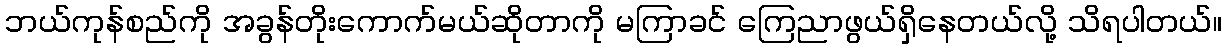
ဘယ်ကုန်စည်ကို အခွန်တိုးကောက်မယ်ဆိုတာကို မကြာခင် ကြေညာဖွယ်ရှိနေတယ်လို့ သိရပါတယ်။